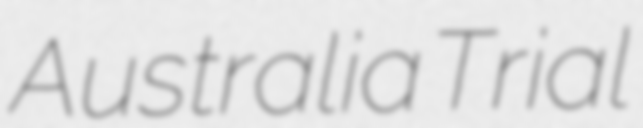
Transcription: Australia Trial